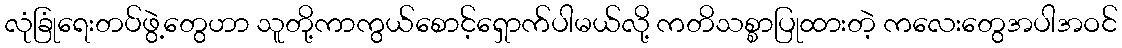
လုံခြုံရေးတပ်ဖွဲ့တွေဟာ သူတို့ကာကွယ်စောင့်ရှောက်ပါမယ်လို့ ကတိသစ္စာပြုထားတဲ့ ကလေးတွေအပါအဝင်